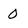
Character: 0